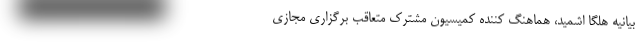
بیانیه هلگا اشمید، هماهنگ کننده کمیسیون مشترک متعاقب برگزاری مجازی